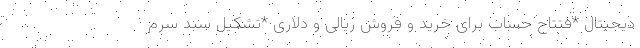
دیجیتال *فتتاح حساب برای خرید و فروش ریالی و دلاری *تشکیل سبد سرم